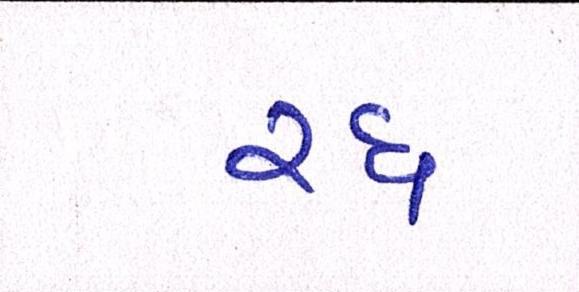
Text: રદ્દ